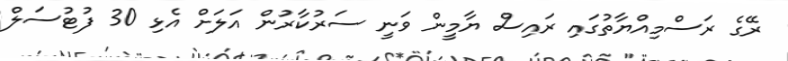
ރޭގެ ރަސްމިއްޔާތުގައި ރައިސް ޔާމީން ވަނީ ސަރުކާރުން އަލަށް އެޅި 30 ފުޓުސަލް